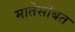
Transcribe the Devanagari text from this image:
मातेसोबत